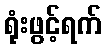
ရုံးဖွင့်ရက်